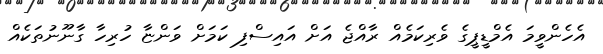
އެހެންވީމަ އެމްޑީޕީގެ ވެރިކަމެއް ރާއްޖެ އަށް އައިސްފި ކަމަށް ވަންޏާ ހުރިހާ ގާނޫނުތަކެއް